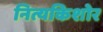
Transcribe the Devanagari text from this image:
नित्यकिशोर